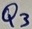
Text: Q3